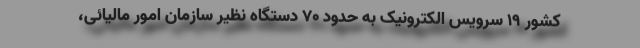
کشور ۱۹ سرویس الکترونیک به حدود ۷۰ دستگاه نظیر سازمان امور مالیائی،